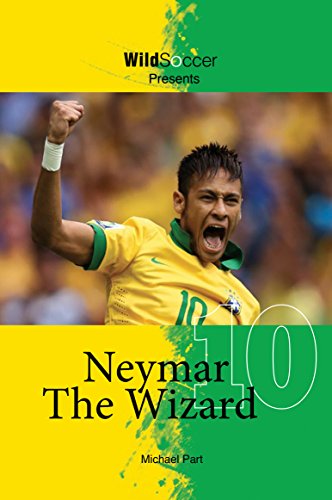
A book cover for Neymar The Wizard; Michael Part; Sports & Outdoors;